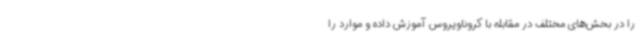
را در بخش‌های مختلف در مقابله با کروناویروس آموزش داده و موارد را